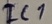
Text: TC1